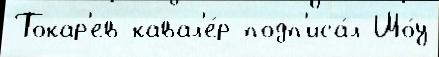
Токар'ев кавал'е́р подп'иса́л Шо́у